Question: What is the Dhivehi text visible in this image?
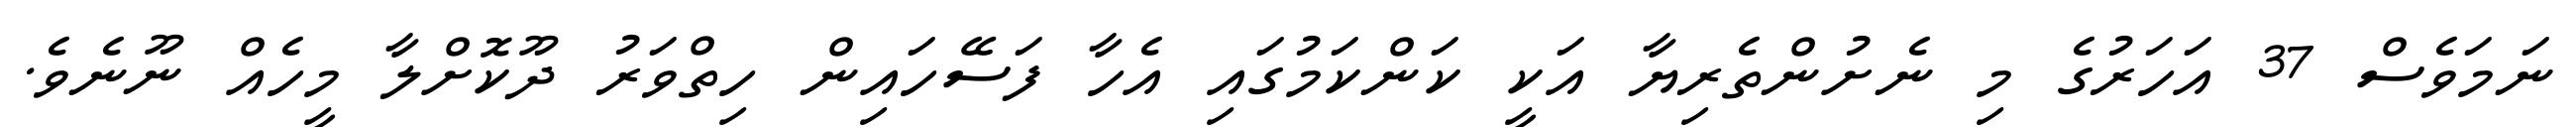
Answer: ނަމަވެސް 37 އަހަރުގެ މި ނެށުންތެރިޔާ އަކީ ކަންކަމުގައި އެހާ ފަސޭހައިން ހިތްވަރު ދޫކޮށްލާ މީހެއް ނޫނެވެ.